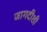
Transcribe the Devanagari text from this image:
जागदीशी